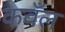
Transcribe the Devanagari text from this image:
कवँल